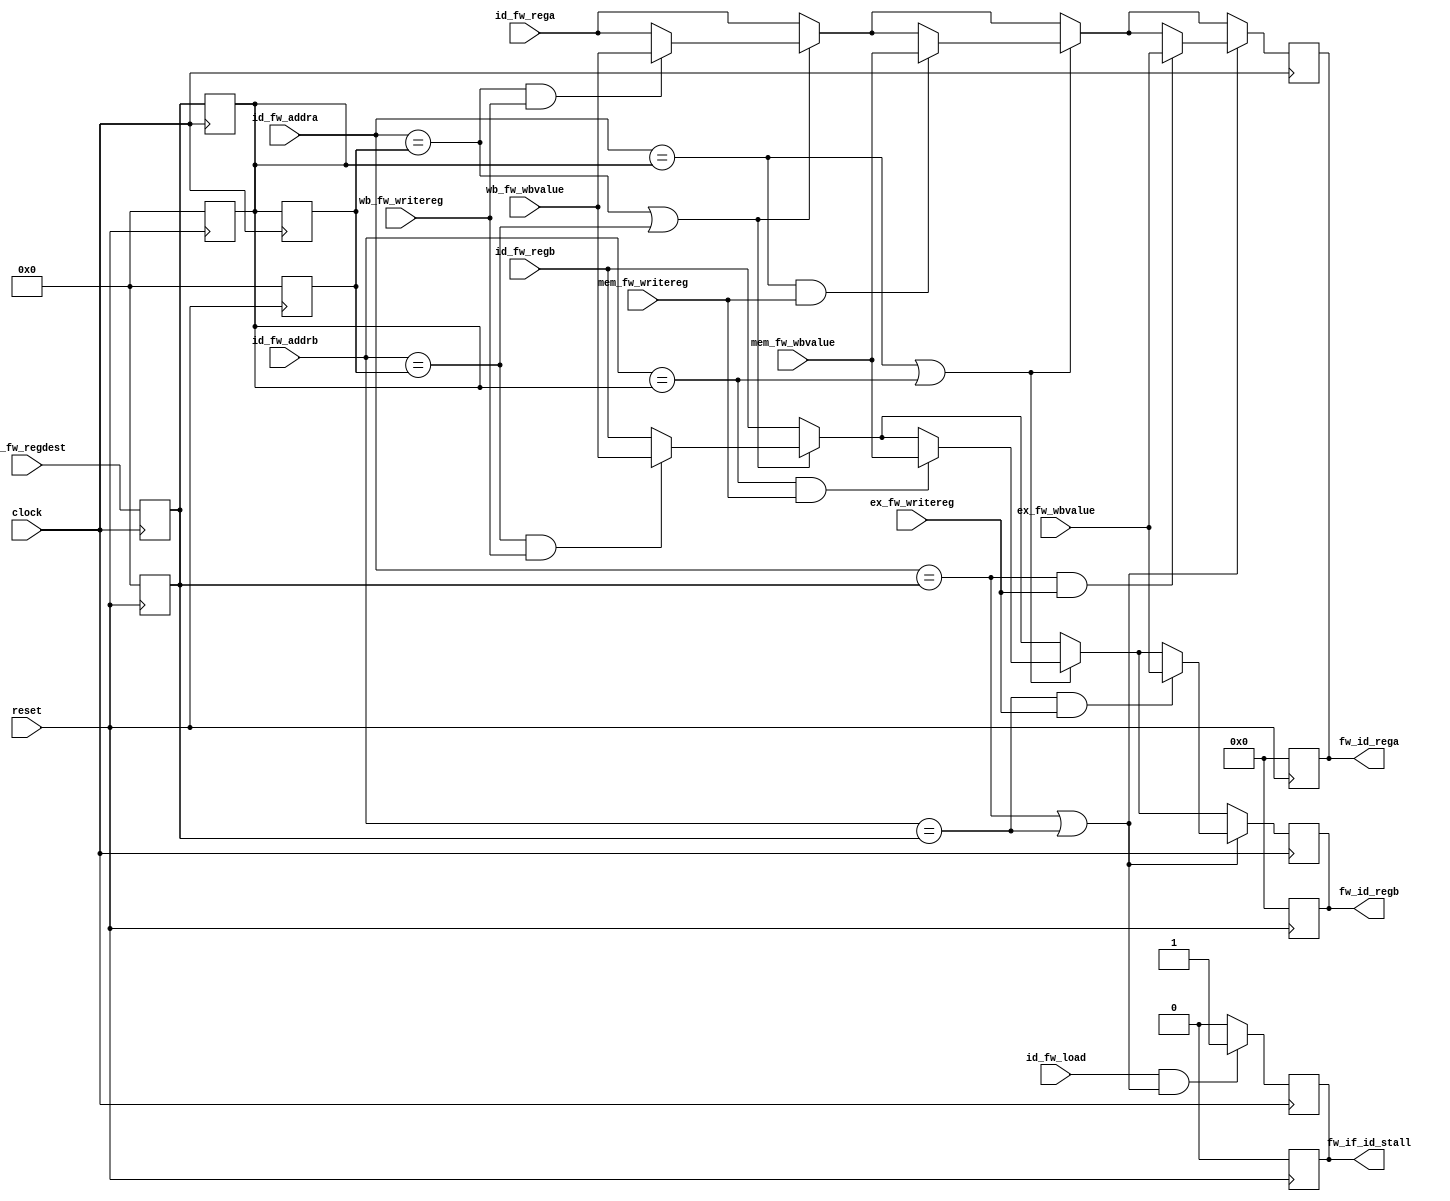
/*
	Mdulo Forwarding.
	(usando espaamento de tabulao igual a quatro espaos; tab space = 4)
	
	Desenvolvido por Cssio Elias e Thompson
*/

module Forwarding(

	input             clock,
	input             reset,

	// Fetch
	output reg        fw_if_id_stall,   // Stall em PC, Fetch e Decode para FW de instrues seguinte a loads com dep. de dados

	// Decode
	input       [4:0] id_fw_regdest,	// Registrador de destino
	input             id_fw_load,		// Instruo de Load ? (equivale a sinal readmem)
	input       [4:0] id_fw_addra,		// Address A
	input       [4:0] id_fw_addrb,		// Address B
	input      [31:0] id_fw_rega,		// Registrador A lido
	input      [31:0] id_fw_regb,		// Registrador B lido
	output reg [31:0] fw_id_rega,		// Valores enviados ao Execute com tratamento de conflito de dados
	output reg [31:0] fw_id_regb,
	
	// Execute
	input      [31:0] ex_fw_wbvalue,	// Valor a ser gravado no Writeback vindo do Pr-Execute (posedge)
	input             ex_fw_writereg,	// Gravar registro do Pr-Execute
	
	// Memory
	input      [31:0] mem_fw_wbvalue,	// Valor a ser gravado no Writeback vindo do Final do Execute (negedge)
	input             mem_fw_writereg,	// Gravar registro do Final do Execute

	// Writeback
	input      [31:0] wb_fw_wbvalue,    // Valor a ser gravado no Writeback vindo do Final do Memory
	input             wb_fw_writereg	// Gravar registro do Final do Memory
	
	);

	reg [4:0] TableFW [3:0];			// Tabela de registro de endereo 	
	reg       load_next;				// Armazena se a prxima instruo  tipo Load
	

	// se a instruo no decode  de load e 
	// tem conflito entre a instruo load no decode e a instruo no execute e
	// se a instruo no execute escreve, nada podemos fazer
	
	always @(posedge clock) begin
		load_next = id_fw_load;
		
		//remove o primeiro da fila e adiciona mais um ao final
		TableFW[3] = TableFW[2]; 	//writeback
		TableFW[2] = TableFW[1]; 	//memory
		TableFW[1] = TableFW[0]; 	//execute
		TableFW[0] = id_fw_regdest; //decode
		
		fw_id_rega = (id_fw_rega);
		fw_id_regb = (id_fw_regb);

		// (WriteBack) conflito entre destino do wb e fonte do decode
		if( (id_fw_addra == TableFW[3]) || (id_fw_addrb == TableFW[3]) ) begin

			// tem conflito e escreve? ento, valor = valor do ciclo : no tem, valor = valor do barramento
			fw_id_rega = ((id_fw_addra == TableFW[3]) && (wb_fw_writereg == 1'b1)) ? (wb_fw_wbvalue) : (fw_id_rega);
			fw_id_regb = ((id_fw_addrb == TableFW[3]) && (wb_fw_writereg == 1'b1)) ? (wb_fw_wbvalue) : (fw_id_regb);
		end
		// (Memory) conflito entre destino do memory e fonte do decode
		if( (id_fw_addra == TableFW[2]) || (id_fw_addrb == TableFW[2]) ) begin

			// tem conflito e escreve? ento, valor = valor do ciclo : no tem, valor = valor do barramento
			fw_id_rega = ((id_fw_addra == TableFW[2]) && (mem_fw_writereg == 1'b1)) ? (mem_fw_wbvalue) : (fw_id_rega);
			fw_id_regb = ((id_fw_addrb == TableFW[2]) && (mem_fw_writereg == 1'b1)) ? (mem_fw_wbvalue) : (fw_id_regb);
		end
		// (Execute) conflito entre destino do execute e fonte do decode
		if( (id_fw_addra == TableFW[1]) || (id_fw_addrb == TableFW[1]) ) begin
		
			// tem conflito e escreve? ento, valor = valor do ciclo : no tem, valor = valor do barramento
			fw_id_rega = ((id_fw_addra == TableFW[1]) && (ex_fw_writereg == 1'b1)) ? (ex_fw_wbvalue) : (fw_id_rega);
			fw_id_regb = ((id_fw_addrb == TableFW[1]) && (ex_fw_writereg == 1'b1)) ? (ex_fw_wbvalue) : (fw_id_regb);
		end

		if( load_next == 1 && ((id_fw_addra == TableFW[1]) || (id_fw_addrb == TableFW[1]) ) )
			fw_if_id_stall = 1;
		else
			fw_if_id_stall = 0;
		
	end
	
	//reseta os registradores de forwarding
	always @(posedge reset) begin
		load_next  = 1'b0;
		
		fw_id_rega = 32'b00000;	
		fw_id_regb = 32'b00000;
		
		TableFW[0] = 5'b0;
		TableFW[1] = 5'b0;
		TableFW[2] = 5'b0;
		TableFW[3] = 5'b0;

		fw_if_id_stall =  1'b0;
	end

endmodule